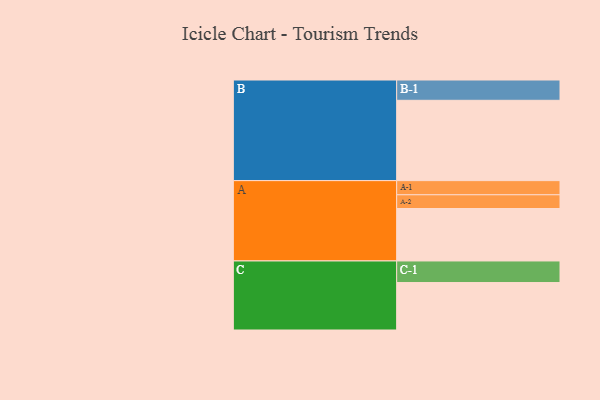
{"axis": {"x": "Segment", "y": "Value"}, "legend": ["", "A", "B", "C"], "data": [{"x": "A", "y": 367, "type": ""}, {"x": "B", "y": 562, "type": ""}, {"x": "C", "y": 332, "type": ""}, {"x": "A-1", "y": 99, "type": "A"}, {"x": "A-2", "y": 96, "type": "A"}, {"x": "B-1", "y": 142, "type": "B"}, {"x": "C-1", "y": 151, "type": "C"}]}